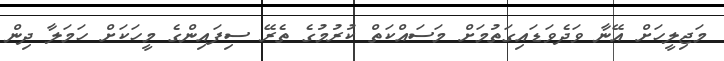
މަޖިލީހަށް އޭނާ ވަދެވަޑައިގަތުމަށް މަސައްކަތް ކުރުމުގެ ތެރޭ ސިފައިންގެ މީހަކަށް ހަމަލާ ދިން